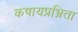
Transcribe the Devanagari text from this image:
कषायप्रभ्रिता